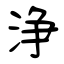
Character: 浄